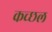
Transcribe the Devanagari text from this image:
कच्छल